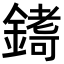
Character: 𮢷